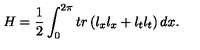
H = \frac 1 2 \int _ { 0 } ^ { 2 \pi } t r \left( l _ { x } l _ { x } + l _ { t } l _ { t } \right) d x .